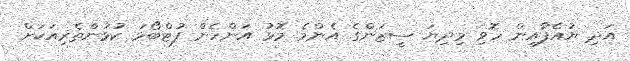
އަދި ޔުއެފާއިން ހޮވި މިދިޔަ ސީޒަންގެ އެންމެ މޮޅު އަންހެން ފުޓްބޯޅަ ކުޅުންތެރިއަކަށް